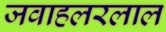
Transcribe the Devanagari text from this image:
जवाहलरलाल